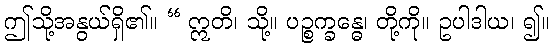
ဤသို့အနွယ်ရှိ၏။ “ ဣတိ၊ သို့။ ပဉ္စက္ခန္ဓေ၊ တို့ကို။ ဥပါဒါယ၊ ၍။